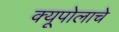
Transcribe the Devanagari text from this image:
क्यूपोलाचे